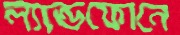
ল্যান্ডফোনে